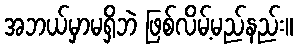
အဘယ်မှာမရှိဘဲ ဖြစ်လိမ့်မည်နည်း။